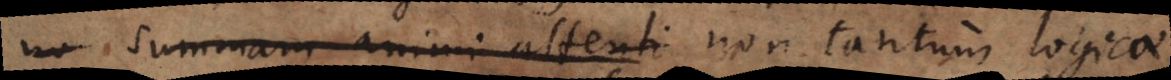
no summam animi attenti non tantum logicae